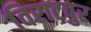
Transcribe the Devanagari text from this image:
विराटपुर